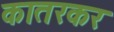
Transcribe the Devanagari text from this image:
कातरकर